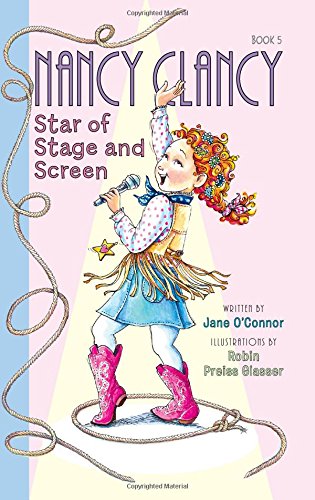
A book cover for Fancy Nancy: Nancy Clancy, Star of Stage and Screen; Jane O'Connor; Children's Books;